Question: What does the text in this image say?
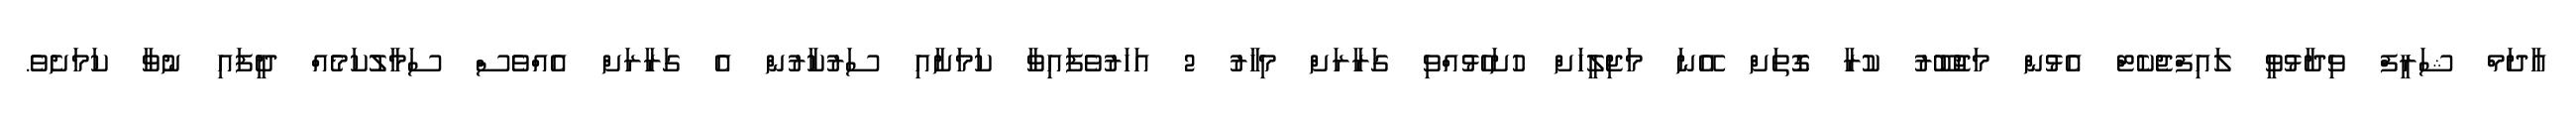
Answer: އާދަމް ޝަރީފް ވިދާޅުވީ ލައިފްޖެކެޓް އެޅުން މަޖުބޫރު ކުރާ ގޮތަށް އޭނަ މަޖިލީހަށް ހުށަހެޅުއްވި ގަރާރަށް މިހާރު 2 އަހަރުވެފައިވާ ކަމަށާއި ސަރުކާރުން އެ ގަރާރަށް އެއްވެސް ސަމާލުކަމެއް ދީފައި ނުވާ ކަމަށެވެ.